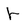
Character: r